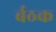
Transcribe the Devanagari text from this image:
र्बठक